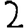
Digit: 2